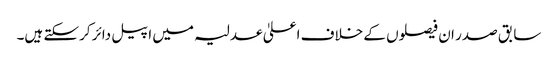
سابق صدر ان فیصلوں کے خلاف اعلیٰ عدلیہ میں اپیل دائر کرسکتے ہیں۔